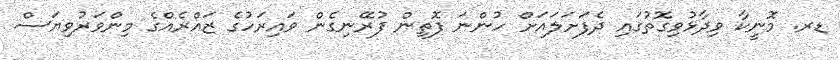
ޑރ. މޮނީކާ ވިދާޅުވިގޮތުގައި ދެފަށަލައަށް ހުންނަ ފޮތިން ފުރޭނިގެން ވައިރަހުގެ ޒައްރެއްގެ މިންވަރުވިޔަސް